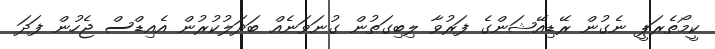
ކީމޯތެރަޕީ ނެގުން ރޭޑިއޭޝަންގެ ފަރުވާ ލިބިގަތުން ގުނަވަނެއް ބަދަލުކުރުން އެއިޑްސް ޖެހުން ފަދަ